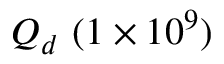
Q _ { d } ~ ( 1 \times 1 0 ^ { 9 } )